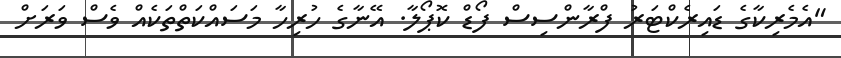
"އެމެރިކާގެ ޑައިރެކްޓަރު ފްރާންސިސް ފޯޑް ކޮޕޯލާ. އޭނާގެ ހުރިހާ މަސައްކަތްތަކެއް ވެސް ވަރަށް